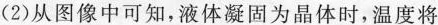
(2)从图像中可知，液体凝固为晶体时，温度将